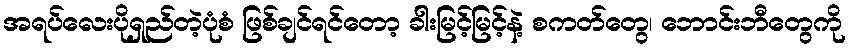
အရပ်လေးပိုရှည်တဲ့ပုံစံ ဖြစ်ချင်ရင်တော့ ခါးမြင့်မြင့်နဲ့ စကတ်တွေ၊ ဘောင်းဘီတွေကို